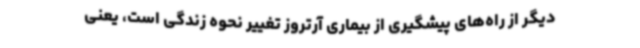
دیگر از راه‌های پیشگیری از بیماری آرتروز تغییر نحوه زندگی است، یعنی